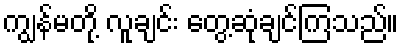
ကျွန်မတို့ လူချင်း တွေ့ဆုံချင်ကြသည်။